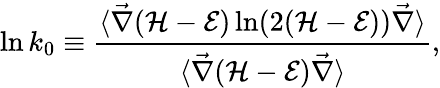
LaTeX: \ln k_{0}\equiv\frac{\langle\vec{\nabla}(\mathcal{H}-\mathcal{E})\ln(2(\mathcal{H}-\mathcal{E}))\vec{\nabla}\rangle}{\langle\vec{\nabla}(\mathcal{H}-\mathcal{E})\vec{\nabla}\rangle},